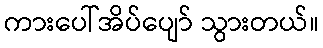
ကားပေါ်အိပ်ပျော် သွားတယ်။